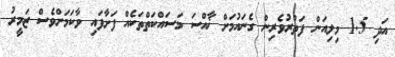
އަދި 1.5 މިލިއަން ފަތުރުވެރިން ގެނައުމަށް ޚާއްސަ މަސައްކަތްތަކެއް ފަށާފައި ވާކަމަށްވެސް ޒަމީރު